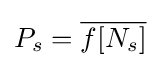
P_{s}={\overline {f[N_{s}]}}